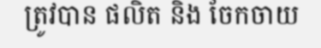
ត្រូវបាន ផលិត និង ចែកចាយ